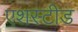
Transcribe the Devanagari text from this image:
एशस्टीड